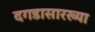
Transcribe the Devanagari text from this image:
दगडासारख्या